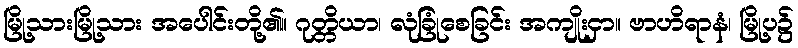
မြို့သားမြို့သား အပေါင်းတို့၏။ ဂုတ္တိယာ၊ လုံခြုံစေခြင်း အကျိုးငှာ။ ဗာဟိရာနံ၊ မြို့ပ၌